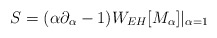
\begin{align*}S=(\alpha\partial_\alpha -1 )W_{EH}[M_{\alpha}]|_{\alpha=1}~~\end{align*}